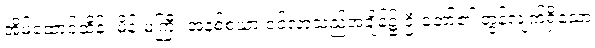
အိမ်ထောင်ထိန်း မိန်းမကြီး အနစ်စယာ ဝင်လာသည့်အချိန်၌ ဦးတော်၏ တွန့်လျက်ရှိသော